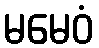
မမေဝံ